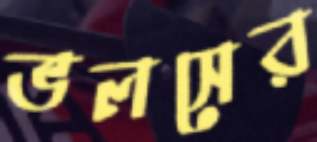
ভলসের